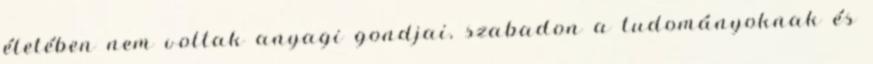
életében nem voltak anyagi gondjai, szabadon a tudományoknak és